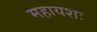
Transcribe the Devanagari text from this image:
महायशः